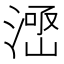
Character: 𱨊